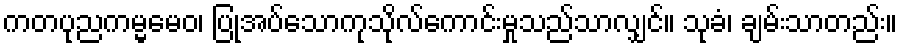
ကတပုညကမ္မမေဝ၊ ပြုအပ်သောကုသိုလ်ကောင်းမှုသည်သာလျှင်။ သုခံ၊ ချမ်းသာတည်း။